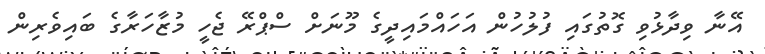
އޭނާ ވިދާޅުވި ގޮތުގައި ފުލުހުން އަހައްމައިދީގެ މޫނަށް ސްޕްރޭ ޖެހީ މުޒާހަރާގެ ބައިވެރިން